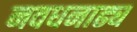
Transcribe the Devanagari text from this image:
नवधनाढ्य